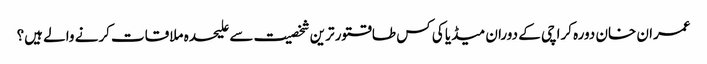
عمران خان دورہ کراچی کے دوران میڈیا کی کس طاقتور ترین شخصیت سے علیحدہ ملاقات کرنے والے ہیں؟